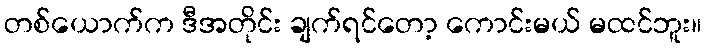
တစ်ယောက်က ဒီအတိုင်း ချက်ရင်တော့ ကောင်းမယ် မထင်ဘူး။